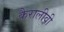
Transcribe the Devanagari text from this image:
कैरालीवी